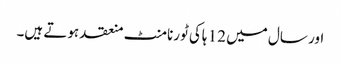
اور سال میں 12 ہاکی ٹورنامنٹ منعقد ہوتے ہیں۔